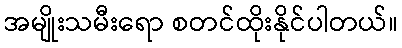
အမျိုးသမီးရော စတင်ထိုးနိုင်ပါတယ်။